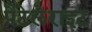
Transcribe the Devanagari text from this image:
पैटेलेराइट